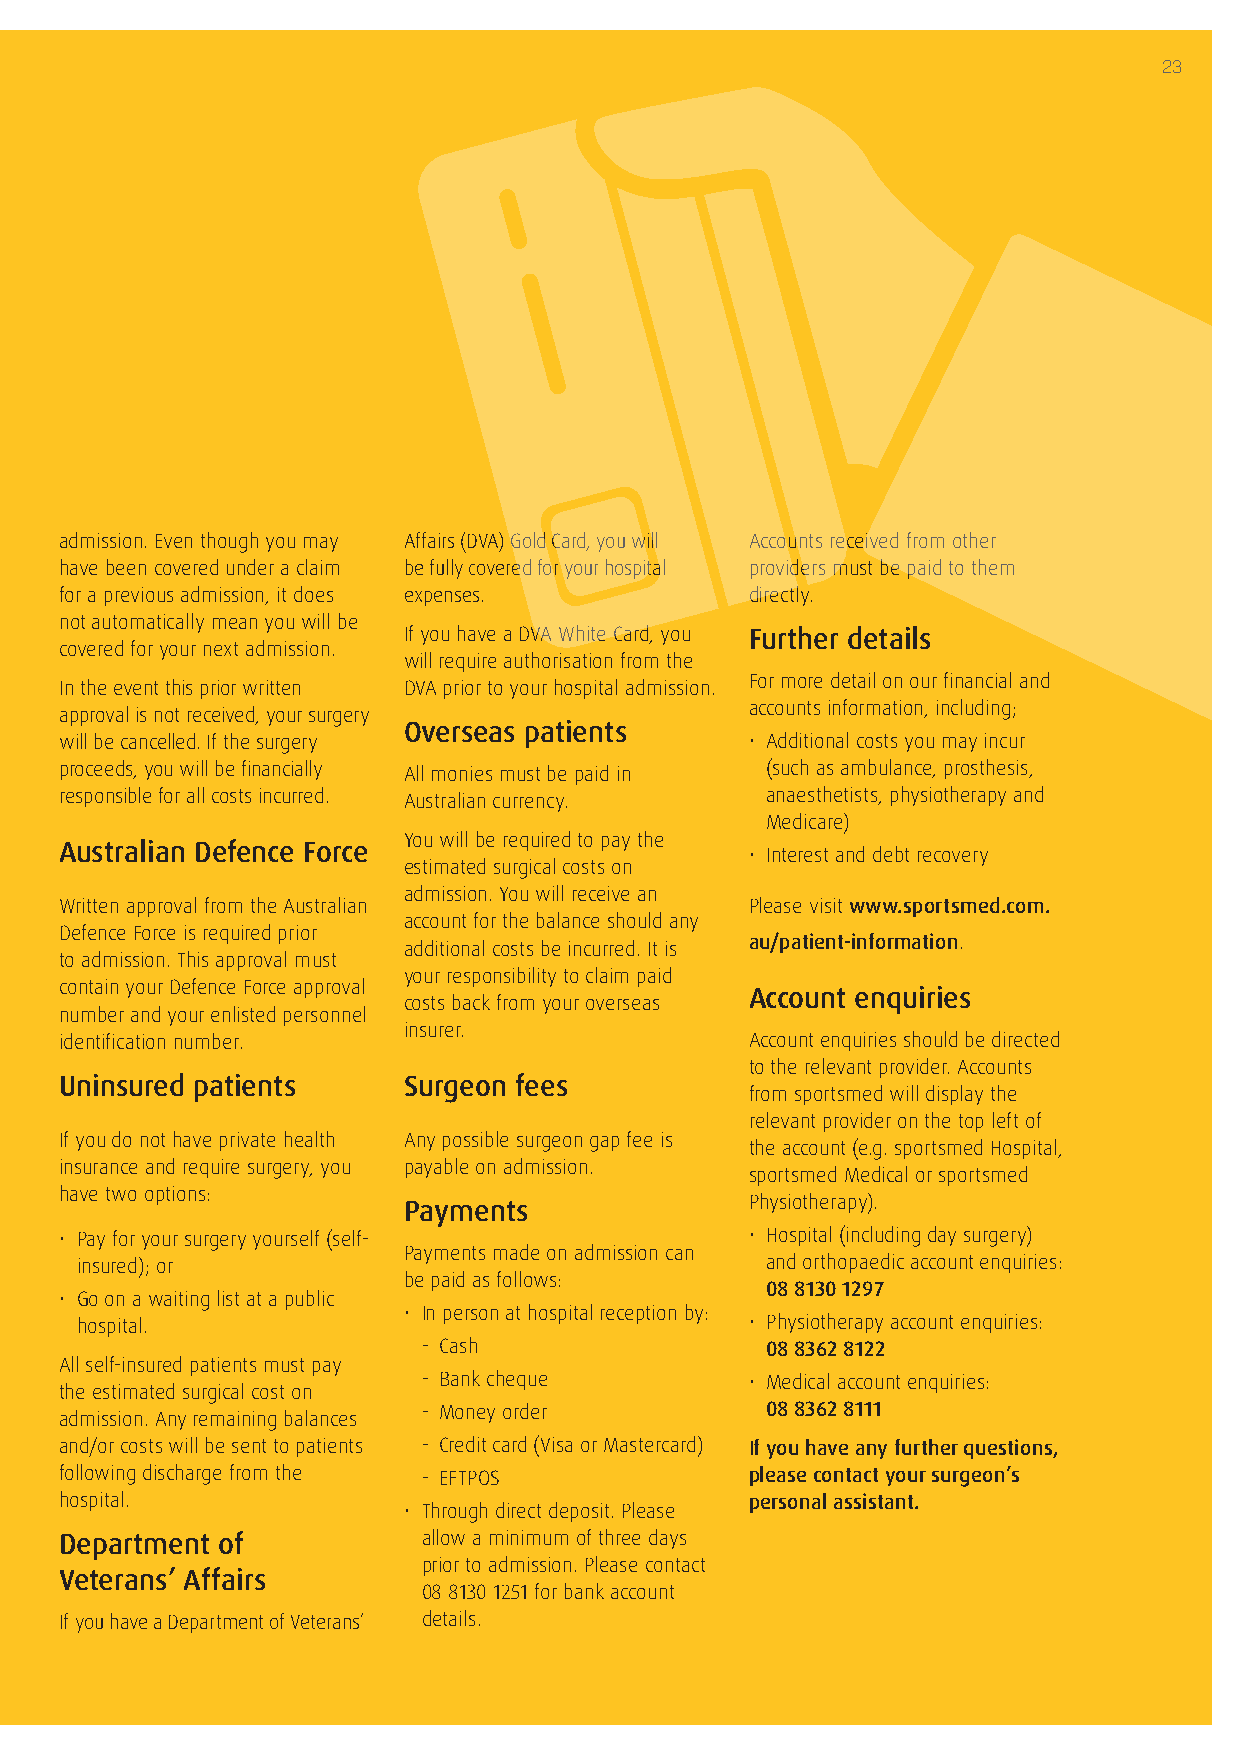
23
 admission. Even though you may Affairs (DVA) Gold Card, you will Accounts received from other
 have been covered under a claim be fully covered for your hospital providers must be paid to them
 for a previous admission, it does expenses.   directly.
 not automatically mean you will be
 If you have a DVA White Card, you Further details
 covered for your next admission.
 will require authorisation from the
 For more detail on our financial and
 In the event this prior written DVA prior to your hospital admission.
 accounts information, including;
 approval is not received, your surgery
 Overseas patients
 will be cancelled. If the surgery             • Additional costs you may incur
 proceeds, you will be financially All monies must be paid in (such as ambulance, prosthesis,
 responsible for all costs incurred. Australian currency. anaesthetists, physiotherapy and
 Medicare)
 You will be required to pay the
 Australian Defence Force                      • Interest and debt recovery
 estimated surgical costs on
 admission. You will receive an
 Written approval from the Australian          Please visit www.sportsmed.com.
 account for the balance should any
 Defence Force is required prior
 au/patient-information.
 additional costs be incurred. It is
 to admission. This approval must
 your responsibility to claim paid
 contain your Defence Force approval
 Account enquiries
 costs back from your overseas
 number and your enlisted personnel
 insurer.
 identification number.                        Account enquiries should be directed
 to the relevant provider. Accounts
 Uninsured patients     Surgeon fees
 from sportsmed will display the
 relevant provider on the top left of
 If you do not have private health Any possible surgeon gap fee is
 the account (e.g. sportsmed Hospital,
 insurance and require surgery, you payable on admission.
 sportsmed Medical or sportsmed
 have two options:
 Payments               Physiotherapy).
 • Pay for your surgery yourself (self-        • Hospital (including day surgery)
 Payments made on admission can
 insured); or                                  and orthopaedic account enquiries:
 be paid as follows:
 08 8130 1297
 • Go on a waiting list at a public
 • In person at hospital reception by:
 hospital.                                    • Physiotherapy account enquiries:
 - Cash                 08 8362 8122
 All self-insured patients must pay
 - Bank cheque         • Medical account enquiries:
 the estimated surgical cost on
 - Money order          08 8362 8111
 admission. Any remaining balances
 and/or costs will be sent to patients - Credit card (Visa or Mastercard) If you have any further questions,
 following discharge from the - EFTPOS         please contact your surgeon’s
 hospital.                                     personal assistant.
 • Through direct deposit. Please
 Department of           allow a minimum of three days
 prior to admission. Please contact
 Veterans’ Affairs
 08 8130 1251 for bank account
 If you have a Department of Veterans’ details.